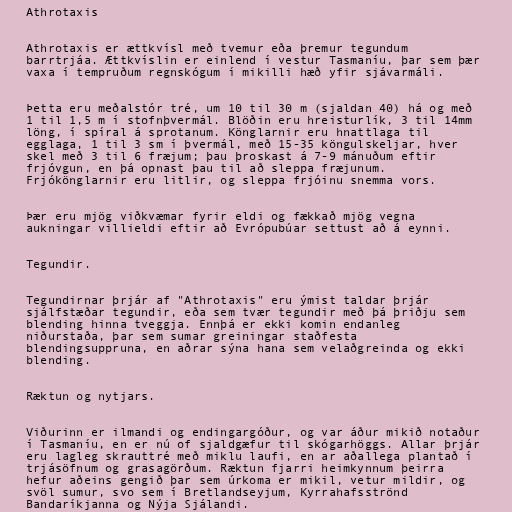
Athrotaxis

Athrotaxis er ættkvísl með tvemur eða þremur tegundum
barrtrjáa. Ættkvíslin er einlend í vestur Tasmaníu, þar sem þær
vaxa í tempruðum regnskógum í mikilli hæð yfir sjávarmáli.

Þetta eru meðalstór tré, um 10 til 30 m (sjaldan 40) há og með
1 til 1,5 m í stofnþvermál. Blöðin eru hreisturlík, 3 til 14mm
löng, í spíral á sprotanum. Könglarnir eru hnattlaga til
egglaga, 1 til 3 sm í þvermál, með 15-35 köngulskeljar, hver
skel með 3 til 6 fræjum; þau þroskast á 7-9 mánuðum eftir
frjóvgun, en þá opnast þau til að sleppa fræjunum.
Frjókönglarnir eru litlir, og sleppa frjóinu snemma vors.

Þær eru mjög viðkvæmar fyrir eldi og fækkað mjög vegna
aukningar villieldi eftir að Evrópubúar settust að á eynni.

Tegundir.

Tegundirnar þrjár af "Athrotaxis" eru ýmist taldar þrjár
sjálfstæðar tegundir, eða sem tvær tegundir með þá þriðju sem
blending hinna tveggja. Ennþá er ekki komin endanleg
niðurstaða, þar sem sumar greiningar staðfesta
blendingsuppruna, en aðrar sýna hana sem velaðgreinda og ekki
blending.

Ræktun og nytjars.

Viðurinn er ilmandi og endingargóður, og var áður mikið notaður
í Tasmaníu, en er nú of sjaldgæfur til skógarhöggs. Allar þrjár
eru lagleg skrauttré með miklu laufi, en ar aðallega plantað í
trjásöfnum og grasagörðum. Ræktun fjarri heimkynnum þeirra
hefur aðeins gengið þar sem úrkoma er mikil, vetur mildir, og
svöl sumur, svo sem í Bretlandseyjum, Kyrrahafsströnd
Bandaríkjanna og Nýja Sjálandi.